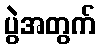
ပွဲအတွက်